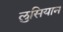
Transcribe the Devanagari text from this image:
लुसियान